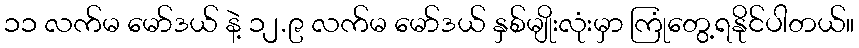
၁၁ လက်မ မော်ဒယ် နဲ့ ၁၂.၉ လက်မ မော်ဒယ် နှစ်မျိုးလုံးမှာ ကြုံတွေ့ရနိုင်ပါတယ်။